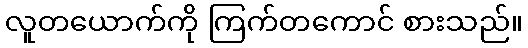
လူတယောက်ကို ကြက်တကောင် စားသည်။